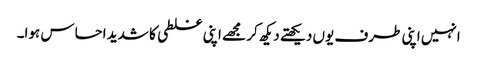
انہیں اپنی طرف یوں دیکھتے دیکھ کر مجھے اپنی غلطی کا شدید احساس ہوا۔